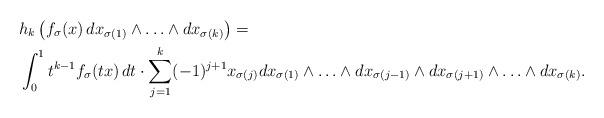
LaTeX: \begin{align*}& h_k \left( f_\sigma (x) \, dx_{\sigma (1)} \wedge \ldots \wedge dx_{\sigma (k)} \right) = \\& \int_0^1 t^{k - 1} f_\sigma (t x) \, dt \cdot \sum_{j = 1}^k (- 1)^{j + 1} x_{\sigma (j)} dx_{\sigma (1)} \wedge \ldots \wedge dx_{\sigma (j - 1)} \wedge dx_{\sigma (j + 1)} \wedge \ldots \wedge dx_{\sigma (k)}.\end{align*}